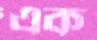
এক